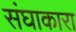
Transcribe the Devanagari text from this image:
संघाकारा